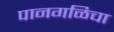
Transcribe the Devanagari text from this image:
पानगळिचा